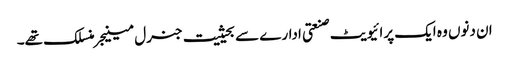
ان دنوں وہ ایک پرائیویٹ صنعتی ادارے سے بحیثیت جنرل مینیجر منسلک تھے۔